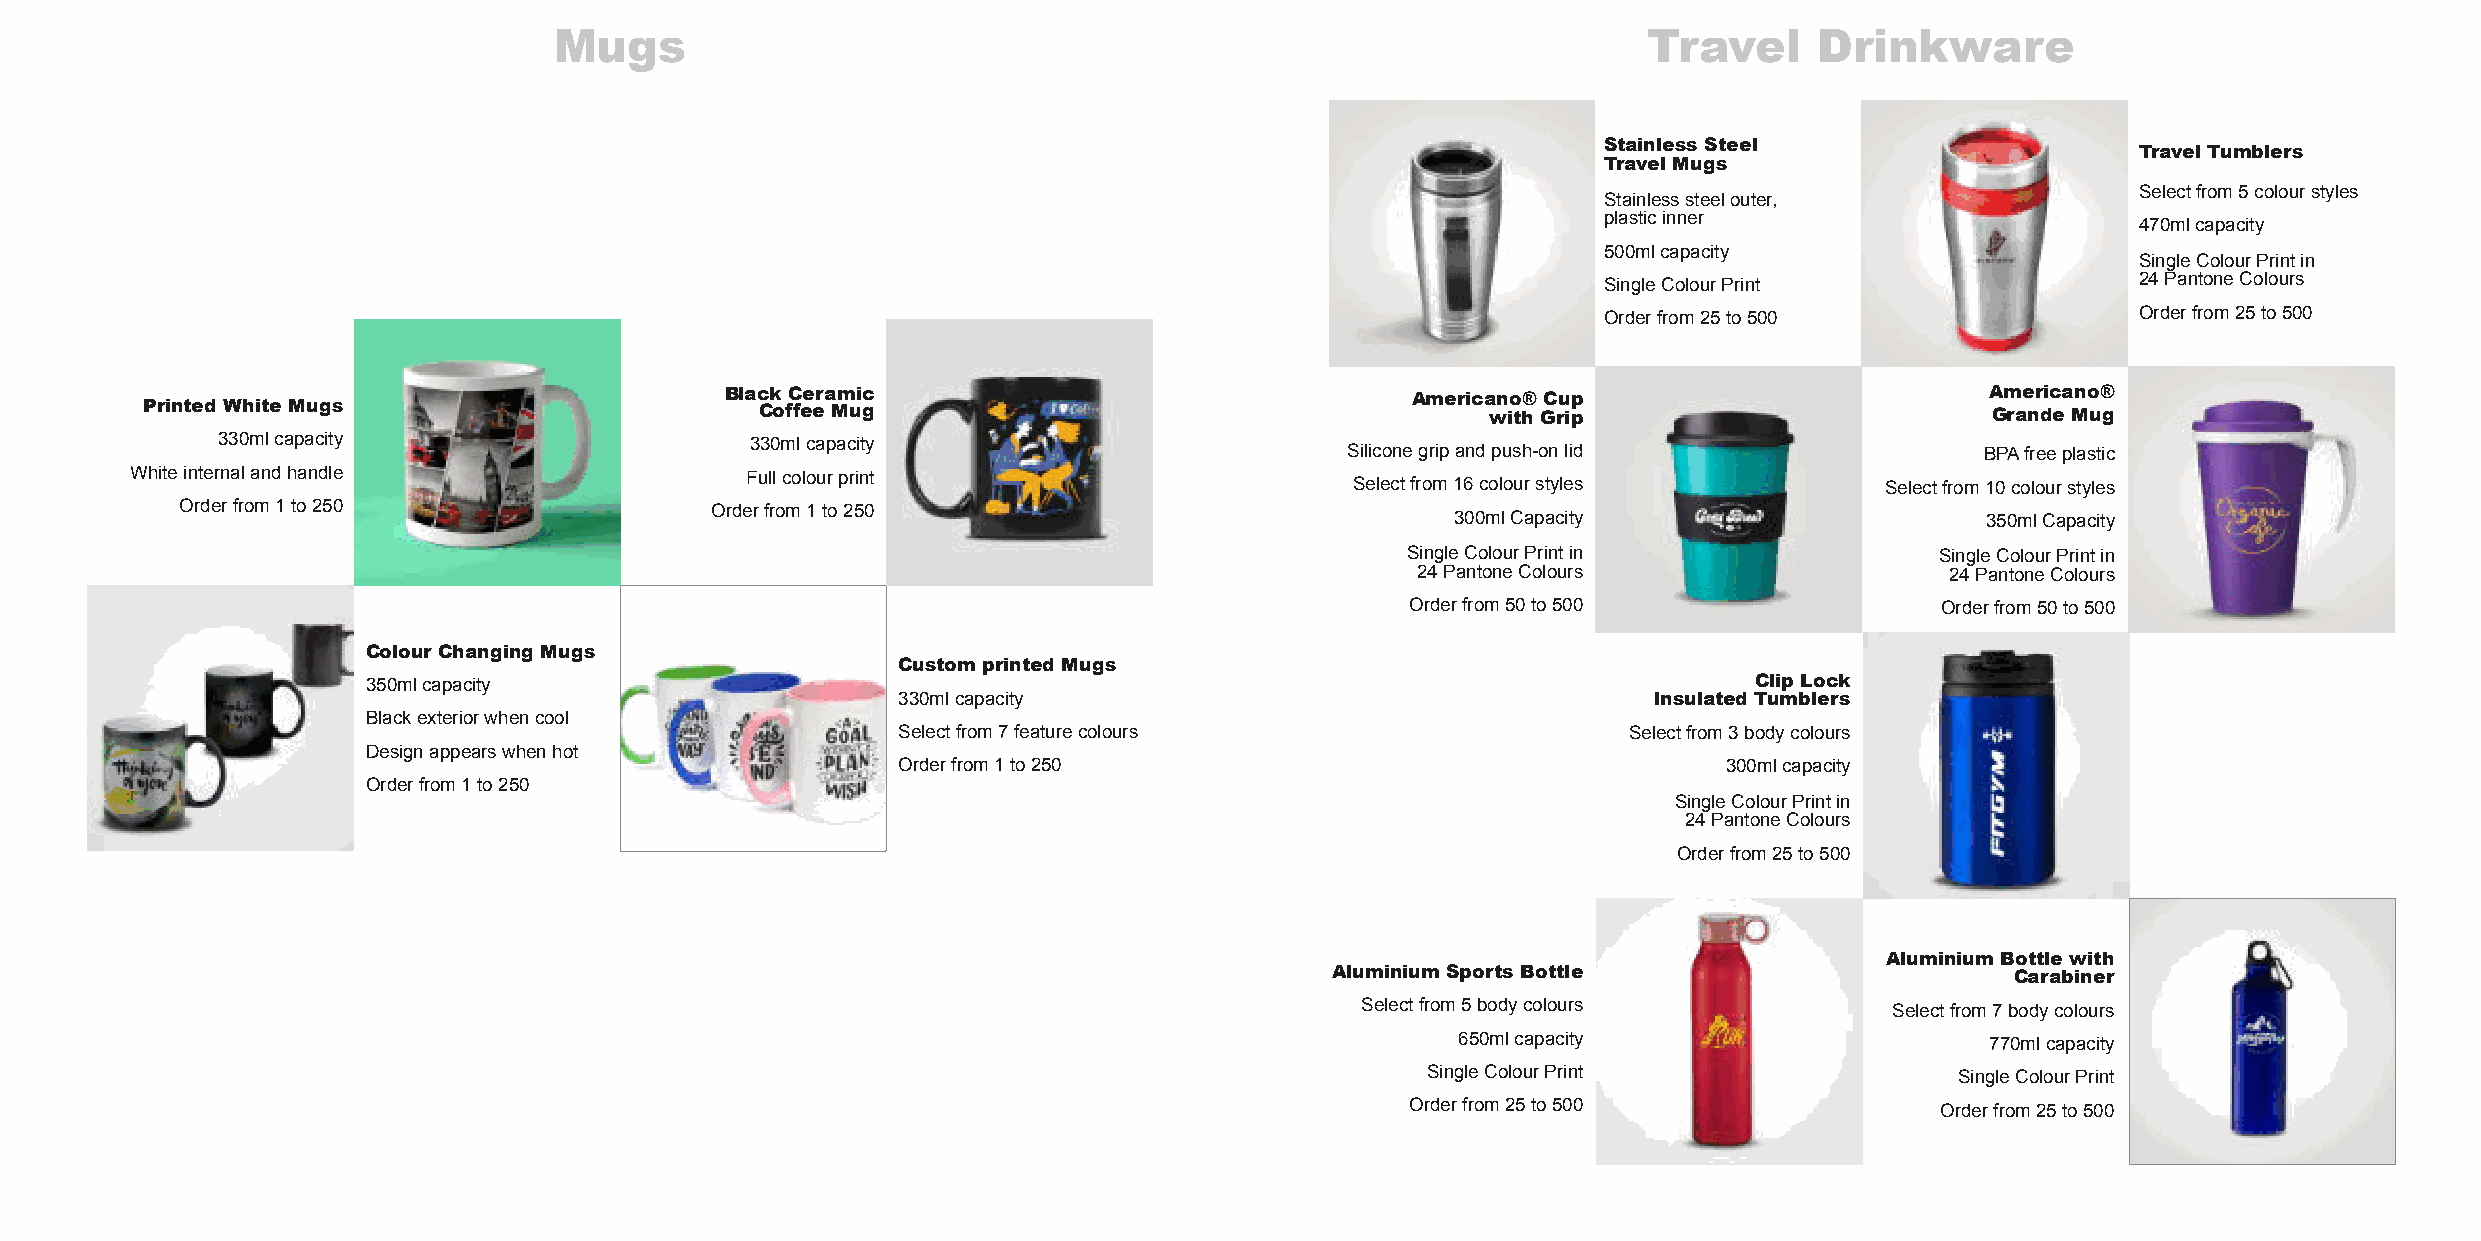
Mugs                                                                    Travel     Drinkware
 StainlessSteel
 Travel Tumblers
 Travel Mugs
 Selectfrom5colourstyles
 Stainlesssteelouter,
 plasticinner
 470mlcapacity
 500mlcapacity
 SingleColourPrintin
 SingleColourPrint                   24PantoneColours
 Orderfrom25to500                    Orderfrom25to500
 Black Ceramic                                Americano®Cup                          Americano®
 Printed White Mugs                       Coffee Mug                                       with Grip                        Grande Mug
 330mlcapacity                       330mlcapacity
 Siliconegripandpush-onlid                 BPAfreeplastic
 Whiteinternalandhandle                  Fullcolourprint
 Selectfrom16colourstyles           Selectfrom10colourstyles
 Orderfrom1to250                    Orderfrom1to250
 300mlCapacity                      350mlCapacity
 SingleColourPrintin                SingleColourPrintin
 24PantoneColours                   24PantoneColours
 Orderfrom50to500                   Orderfrom50to500
 ColourChanging Mugs
 Custom printed Mugs
 350mlcapacity                                                                               Clip Lock
 330mlcapacity                                     Insulated Tumblers
 Blackexteriorwhencool
 Selectfrom7featurecolours                        Selectfrom3bodycolours
 Designappearswhenhot
 Orderfrom1to250                                        300mlcapacity
 Orderfrom1to250
 SingleColourPrintin
 24PantoneColours
 Orderfrom25to500
 Aluminium Bottle with
 Aluminium SportsBottle                       Carabiner
 Selectfrom5bodycolours             Selectfrom7bodycolours
 650mlcapacity                      770mlcapacity
 SingleColourPrint                   SingleColourPrint
 Orderfrom25to500                   Orderfrom25to500